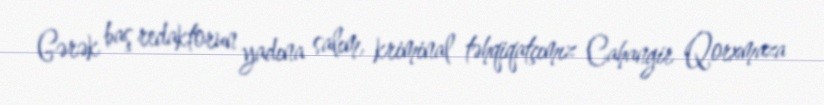
Gərək baş redaktorun yadına salım, kriminal təhqiqatçımız Cahangir Qorxmaza